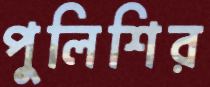
পুলিশির